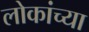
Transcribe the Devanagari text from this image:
लोकांच्‍या